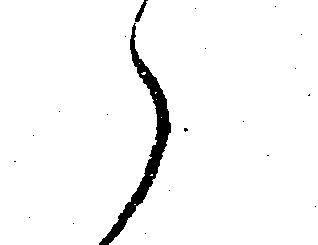
え